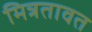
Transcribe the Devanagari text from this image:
मित्रतावत